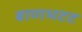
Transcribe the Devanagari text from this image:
बाणभटट